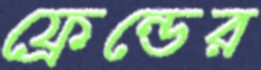
ফ্রেন্ডের